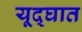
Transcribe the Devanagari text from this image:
यूद्घात